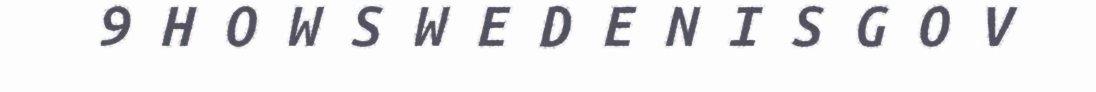
9 H O W S W E D E N I S G O V